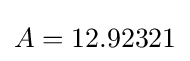
A=12.92321